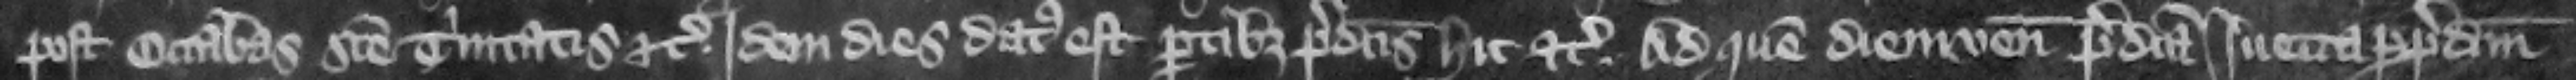
post octabas Sancte Trinitatis etc. Idem dies datus est partibus predictis hic etc. Ad quem diem venit predicta luetta per predictum